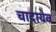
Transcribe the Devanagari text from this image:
चादायेव